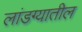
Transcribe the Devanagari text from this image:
लांडग्यातील